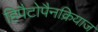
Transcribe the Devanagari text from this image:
हिपैटोपैनक्रियाज